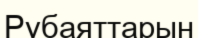
Рубаяттарын